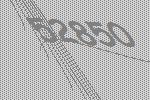
52850